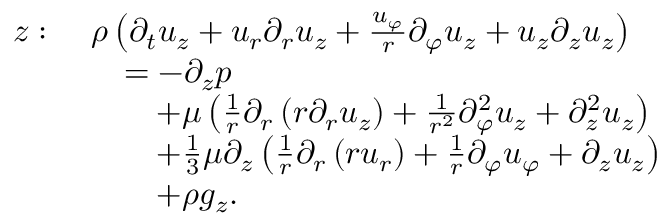
{ \begin{array} { r l } { z : \ } & { \rho \left( { \partial _ { t } u _ { z } } + u _ { r } { \partial _ { r } u _ { z } } + { \frac { u _ { \varphi } } { r } } { \partial _ { \varphi } u _ { z } } + u _ { z } { \partial _ { z } u _ { z } } \right) } \\ & { \quad = - { \partial _ { z } p } } \\ & { \qquad + \mu \left( { \frac { 1 } { r } } \partial _ { r } \left( r { \partial _ { r } u _ { z } } \right) + { \frac { 1 } { r ^ { 2 } } } { \partial _ { \varphi } ^ { 2 } u _ { z } } + { \partial _ { z } ^ { 2 } u _ { z } } \right) } \\ & { \qquad + { \frac { 1 } { 3 } } \mu \partial _ { z } \left( { \frac { 1 } { r } } { \partial _ { r } \left( r u _ { r } \right) } + { \frac { 1 } { r } } { \partial _ { \varphi } u _ { \varphi } } + { \partial _ { z } u _ { z } } \right) } \\ & { \qquad + \rho g _ { z } . } \end{array} }